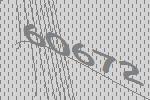
60672